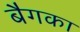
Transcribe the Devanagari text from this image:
बैगका